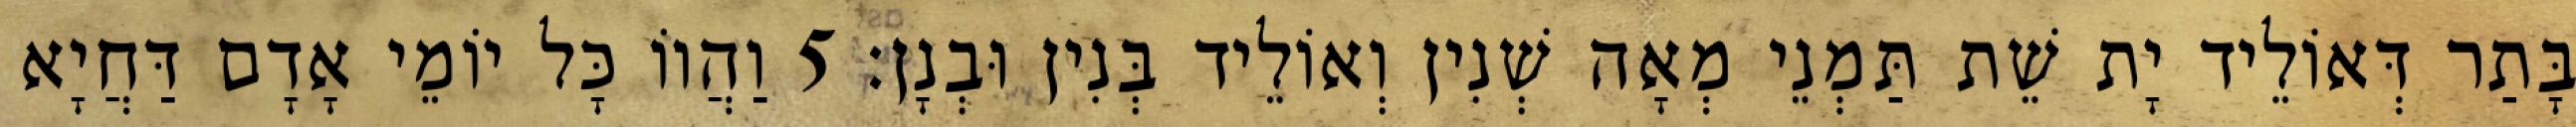
בָּתַר דְּאוֹלֵיד יָת שֵׁת תַּמְנֵי מְאָה שְׁנִין וְאוֹלֵיד בְּנִין וּבְנָן׃ 5 וַהֲווֹ כָּל יוֹמֵי אָדָם דַּחֲיָא